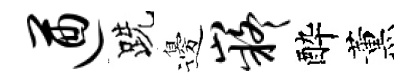
遒跣邊嶷酔薰